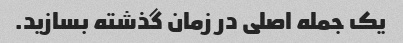
یک جمله اصلی در زمان گذشته بسازید.